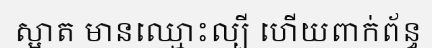
ស្អាត មានឈ្មោះល្បី ហើយពាក់ព័ន្ធ